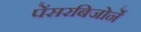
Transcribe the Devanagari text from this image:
पेंसरबिजोर्ने